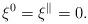
LaTeX: \begin{align*}\xi^0 = \xi^\parallel = 0 .\end{align*}